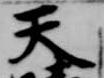
天